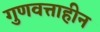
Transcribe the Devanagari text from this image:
गुणवत्ताहीन